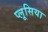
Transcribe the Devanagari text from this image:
प्लूसिया